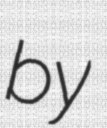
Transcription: by